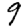
Digit: 9